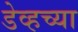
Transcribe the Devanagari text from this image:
डेव्हच्या